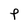
Character: P